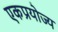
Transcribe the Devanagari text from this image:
एकप्रयोज्य